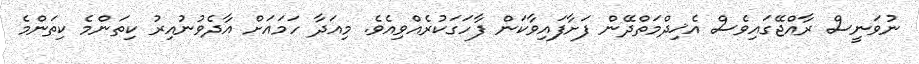
ނުވަނީސް ރާއްޖޭގައިވެސް އެޚިދްމަތްދޭން ފަށާފައިވާކަން ފާހަގަކުރެއްވިއެވެ. މިއަދާ ހަމައަށް އާދެވުނުއިރު ކިތަންމެ ކިތަންމެ